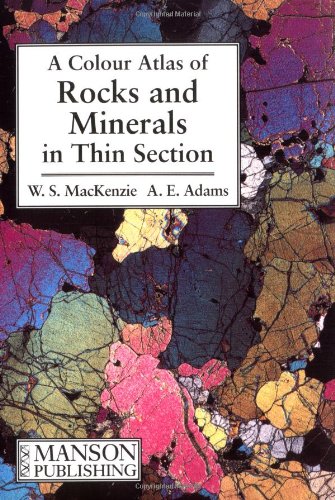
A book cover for A Color Atlas of Rocks and Minerals in Thin Section; W. S. MacKenzie; Sports & Outdoors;